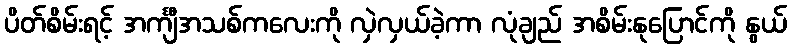
ပိတ်စိမ်းရင့် အင်္ကျီအသစ်ကလေးကို လှဲလှယ်ခဲ့ကာ လုံချည် အစိမ်းနုပြောင်ကို နွယ်